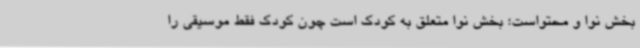
بخش نوا و محتواست؛ بخش نوا متعلق به کودک است چون کودک فقط موسیقی را